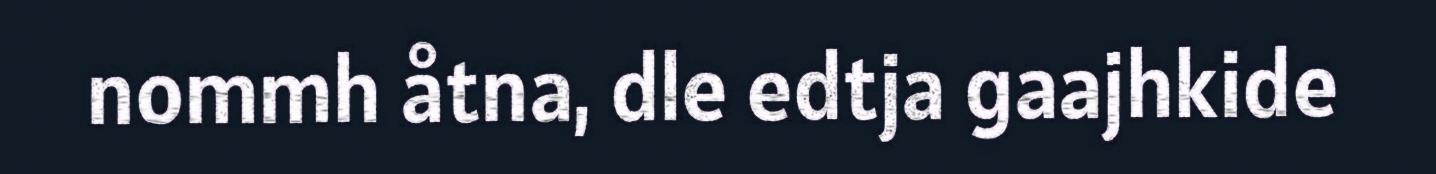
nommh åtna, dle edtja gaajhkide